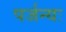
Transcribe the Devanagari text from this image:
पर्जन्यः